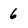
Character: 6